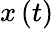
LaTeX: x\left(t\right)